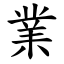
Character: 業